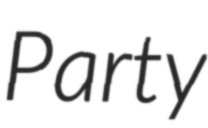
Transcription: Party